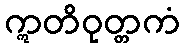
ဣတိဝုတ္တကံ